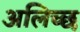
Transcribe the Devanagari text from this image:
अलिच्छ